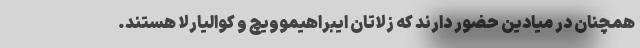
همچنان در میادین حضور دارند که زلاتان ایبراهیموویچ و کوالیارلا هستند.